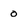
Character: 0